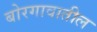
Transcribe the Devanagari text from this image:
बोरगावातील